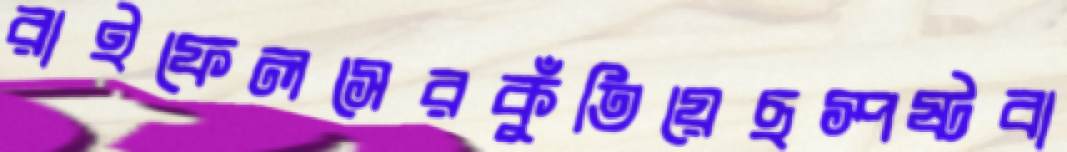
রাইফেলসেরকুঁতিয়েছস্পষ্টবা